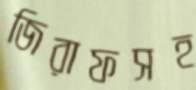
জিরাফসহ